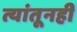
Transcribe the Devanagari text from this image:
त्यांतूनही